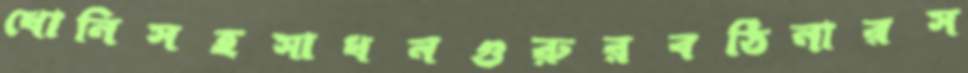
ধোনিসহসাধনগুরুরবঠিনারস